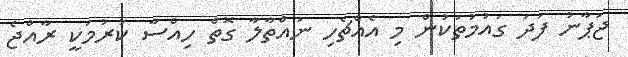
ޖަޕާނު ފަދަ ގައުމުތަކުން މި އެއްޗެހި ނައްތާލާ ގޮތް ހިއްސާ ކުރުމަކީ ރާއްޖެ